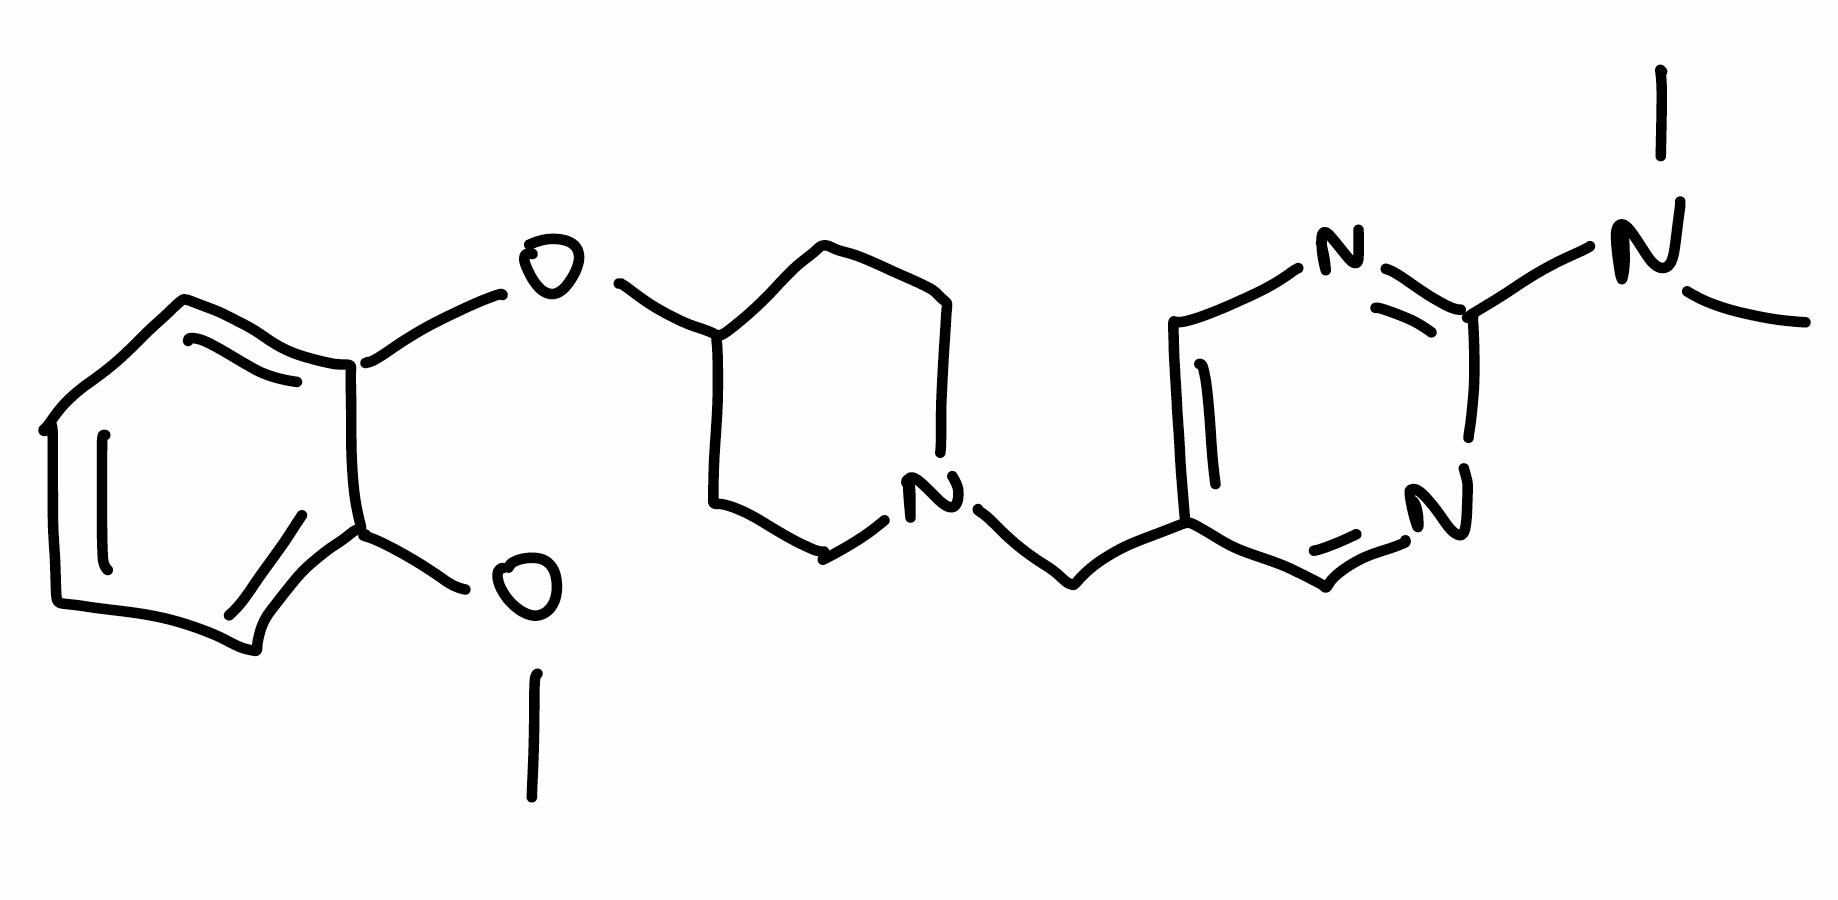
Simplified molecular-input line-entry system (SMILES) notation of the given molecule:
CN(C)C1=NC=C(C=N1)CN2CCC(CC2)OC3=CC=CC=C3OC